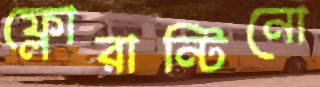
ফ্লোরান্টিনো